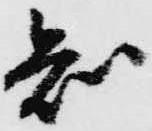
知